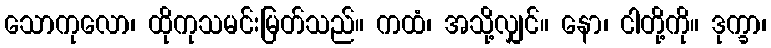
သောကုလော၊ ထိုကုသမင်းမြတ်သည်။ ကထံ၊ အသို့လျှင်။ နော၊ ငါတို့ကို။ ဒုက္ခာ၊